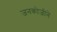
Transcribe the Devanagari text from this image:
जनकोजीने